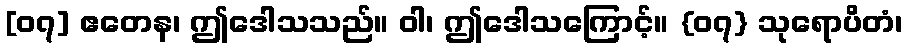
[၀၇] ဧတေန၊ ဤဒေါသသည်။ ဝါ၊ ဤဒေါသကြောင့်။ {၀၇} သုရောပိတံ၊